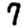
Digit: 7